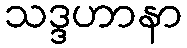
သဒ္ဒဟာနာ